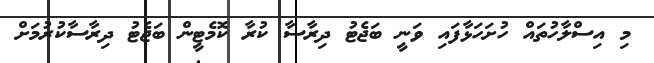
މި އިސްލާހުތައް ހުށަހަޅާފައި ވަނީ ބަޖެޓު ދިރާސާ ކުރާ ކޮމެޓީން ބަޖެޓު ދިރާސާކުރުމަށް